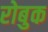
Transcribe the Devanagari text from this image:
रोबुक